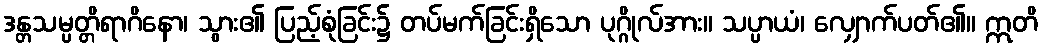
ဒန္တသမ္ပတ္တိရာဂိနော၊ သွား၏ ပြည့်စုံခြင်း၌ တပ်မက်ခြင်းရှိသော ပုဂ္ဂိုလ်အား။ သပ္ပာယံ၊ လျှောက်ပတ်၏။ ဣတိ